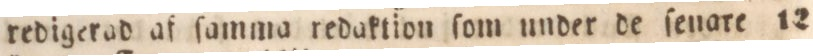
redigerad af ſamma redaktion ſom under de ſenare 12